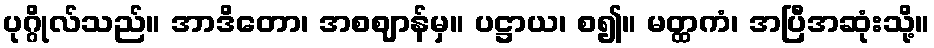
ပုဂ္ဂိုလ်သည်။ အာဒိတော၊ အစဈာန်မှ။ ပဋ္ဌာယ၊ စ၍။ မတ္ထကံ၊ အပြီအဆုံးသို့။